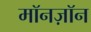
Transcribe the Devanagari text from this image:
मॉनज़ॉन